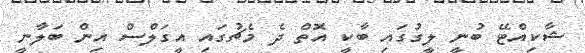
ޝާކިއްޓޭ ބުނީ ލީގުގައި ބާކީ އޮތް ދެ މެޗުގައި އީގަލްސް އިން ބަލާނީ